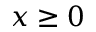
x \ge 0